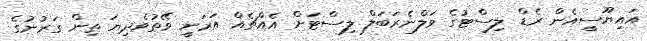
އައިޔޫސީއެން ރެޑް ލިސްޓުގެ ވަލްނެރަބަލް ލިސްޓަށް އެއްޗެއް އަރަނީ ވޭތުވެދިޔަ ތިން ގަރުނުގެ